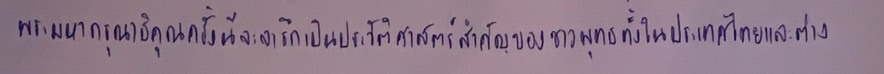
พระมหากรุณาธิคุณครั้งนี้จะจารึกเป็นประวัติศาสตร์สำคัญของชาวพุทธทั้งในประเทศไทยและต่าง